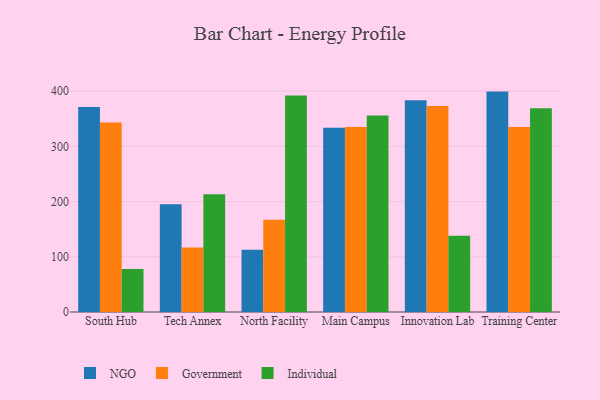
{"axis": {"x": "Campus", "y": "Revenue (USD Million)"}, "legend": ["Government", "Individual", "NGO"], "data": [{"x": "South Hub", "y": 371.7, "type": "NGO"}, {"x": "South Hub", "y": 343.3, "type": "Government"}, {"x": "South Hub", "y": 77.9, "type": "Individual"}, {"x": "Tech Annex", "y": 195.2, "type": "NGO"}, {"x": "Tech Annex", "y": 116.8, "type": "Government"}, {"x": "Tech Annex", "y": 213.3, "type": "Individual"}, {"x": "North Facility", "y": 112.7, "type": "NGO"}, {"x": "North Facility", "y": 167.1, "type": "Government"}, {"x": "North Facility", "y": 392.5, "type": "Individual"}, {"x": "Main Campus", "y": 333.7, "type": "NGO"}, {"x": "Main Campus", "y": 335.4, "type": "Government"}, {"x": "Main Campus", "y": 356.0, "type": "Individual"}, {"x": "Innovation Lab", "y": 383.5, "type": "NGO"}, {"x": "Innovation Lab", "y": 373.2, "type": "Government"}, {"x": "Innovation Lab", "y": 138.2, "type": "Individual"}, {"x": "Training Center", "y": 399.4, "type": "NGO"}, {"x": "Training Center", "y": 335.3, "type": "Government"}, {"x": "Training Center", "y": 369.1, "type": "Individual"}]}